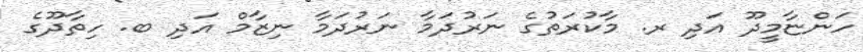
ހަންޏާމީދޫ އަދި ރ. މާކުރަތުގެ ނަރުދަމާ ނަރުދަމާ ނިޒާމް އަދި ބ. ހިތާދޫގެ